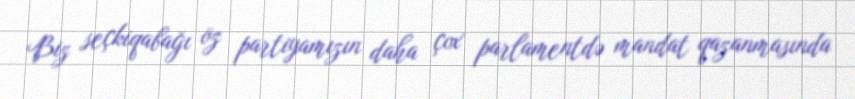
Biz seçkiqabağı öz partiyamızın daha çox parlamentdə mandat qazanmasında